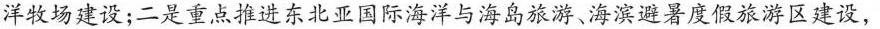
洋牧场建设；二是重点推进东北亚国际海洋与海岛旅游、海滨避暑度假旅游区建设，